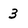
Character: 3